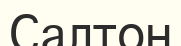
Салтон